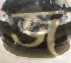
জ